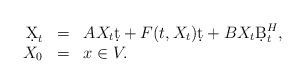
LaTeX: \begin{align*}\begin{array}{rcl}\d X_t&=&AX_t\d t +F(t,X_t)\d t + BX_t\d B^H_t,\\X_0&=&x\in V.\end{array}\end{align*}